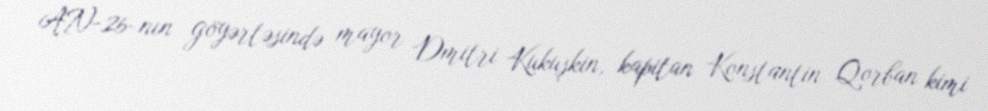
AN-26-nın göyərtəsində mayor Dmitri Kukuşkin, kapitan Konstantin Qorban kimi